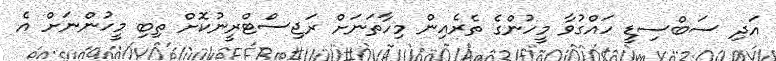
އަދި ސަބްސިޑީ ހައްގުވާ މީހުންގެ ތެރެއިން މިހާތަނަށް ރަޖިސްޓްރީނުކޮށް ތިބި މީހުންނަށް އެ